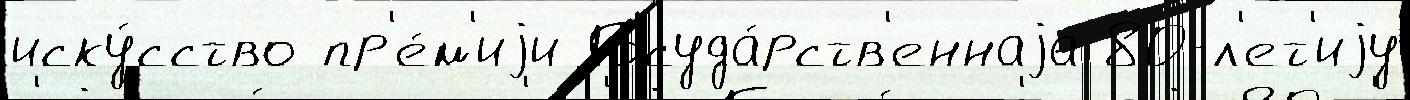
иску́сство пр'е́м'иjи Госуда́рств'еннаjа 80-л'ет'иjу